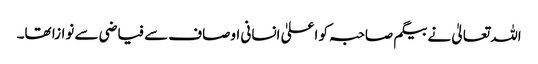
اللہ تعالیٰ نے بیگم صاحبہ کو اعلیٰ انسانی اوصاف سے فیاضی سے نوازا تھا۔